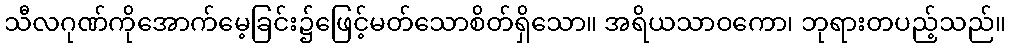
သီလဂုဏ်ကိုအောက်မေ့ခြင်း၌ဖြေင့်မတ်သောစိတ်ရှိသော။ အရိယသာဝကော၊ ဘုရားတပည့်သည်။